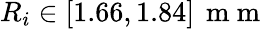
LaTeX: R_{i}\in[1.66,1.84]\, \mathrm{~m~m~}